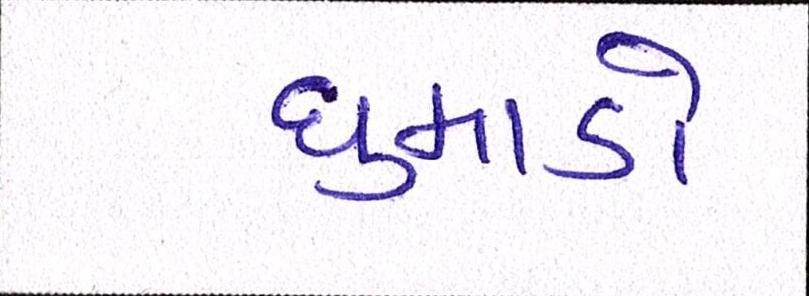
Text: ધુમાડો